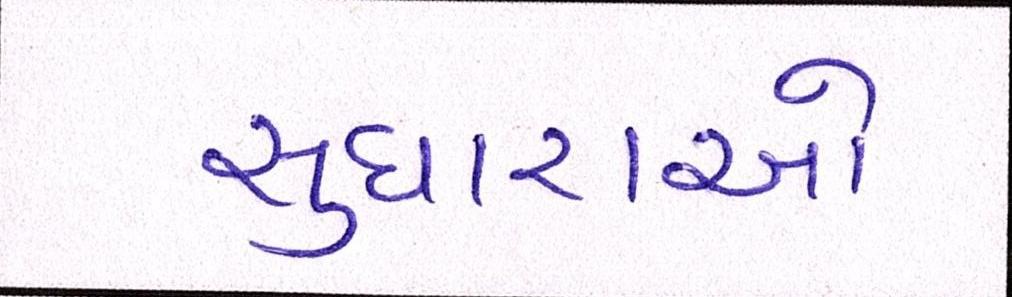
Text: સુધારાઓ